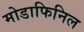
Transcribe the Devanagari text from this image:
मोडाफिनिल